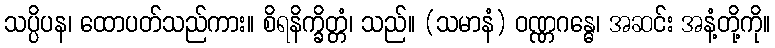
သပ္ပိပန၊ ထောပတ်သည်ကား။ စိရနိက္ခိတ္တံ၊ သည်။ (သမာနံ) ဝဏ္ဏဂန္ဓေ၊ အဆင်း အနံ့တို့ကို။